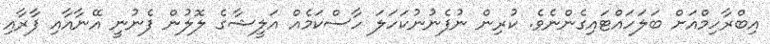
އިބްރާހިިމްއަށް ބަލަހައްޓައިގެންނެވެ. ކުރިން ނުފެނުނުކަހަލަ ހާސްކަމެއް އަލީޝާގެ ލޮލުން ފެނުނީ އޭނާއާއި ފާރާއި